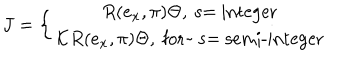
LaTeX: J = \left\{ \begin{array} { c } { { R ( e _ { x } , \pi ) \Theta , \mathrm { ~ s = ~ i n t e g e r } } } \\ { { { \cal K } R ( e _ { x } , \pi ) \Theta , \mathrm { ~ f o r ~ ~ s = ~ s e m i - i n t e g e r } } } \\ \end{array} \right.